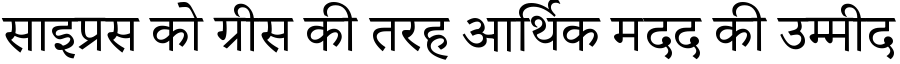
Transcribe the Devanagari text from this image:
साइप्रस को ग्रीस की तरह आर्थिक मदद की उम्मीद